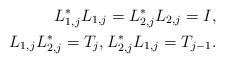
LaTeX: \begin{align*} L_{1,j}^*L_{1,j} = L_{2,j}^*L_{2,j} = I,\\ L_{1,j}L_{2,j}^* = T_j,L_{2,j}^*L_{1,j} = T_{j-1}.\end{align*}